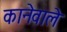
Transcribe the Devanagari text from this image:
कानेवाले